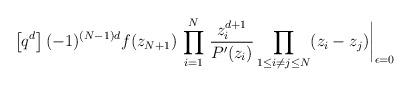
LaTeX: \begin{align*}\left[q^d\right](-1)^{(N-1)d} f(z_{N+1})\,\prod_{i=1}^{N}\,\frac{z_i^{d+1}}{P'(z_i)}\prod_{1\leq i\neq j\leq N}(z_i-z_j)\bigg{|}_{\epsilon=0}\end{align*}